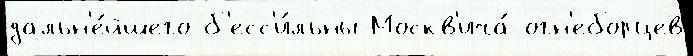
дальн'е́йшего б'есс'и́льны Москв'ича́ огн'еборцев